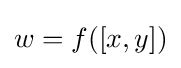
w=f([x,y])